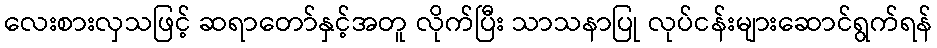
လေးစားလှသဖြင့် ဆရာတော်နှင့်အတူ လိုက်ပြီး သာသနာပြု လုပ်ငန်းများဆောင်ရွက်ရန်